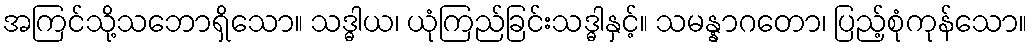
အကြင်သို့သဘောရှိသော။ သဒ္ဓါယ၊ ယုံကြည်ခြင်းသဒ္ဓါနှင့်။ သမန္နာဂတော၊ ပြည့်စုံကုန်သော။